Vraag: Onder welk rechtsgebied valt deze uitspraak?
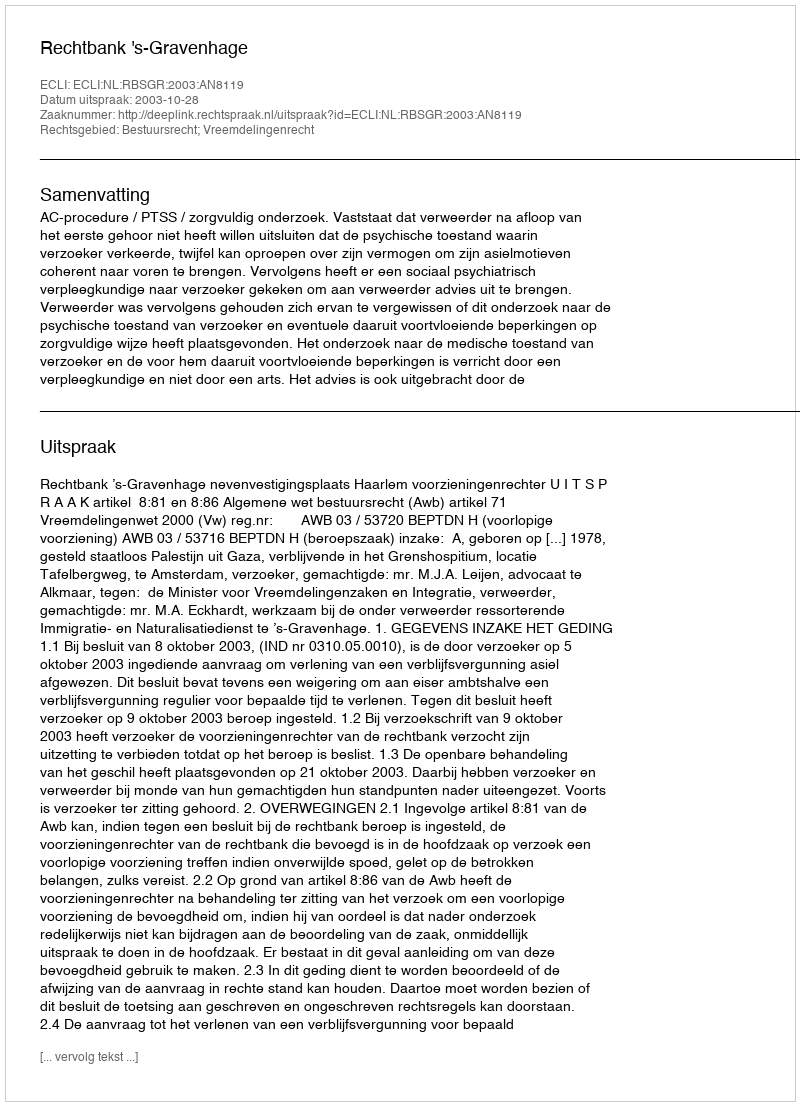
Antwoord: Bestuursrecht; Vreemdelingenrecht